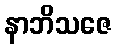
နာဘိသဇေ